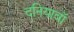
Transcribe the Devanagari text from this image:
दनियावॉ